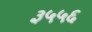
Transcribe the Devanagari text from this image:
३५५६